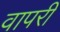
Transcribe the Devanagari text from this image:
वापरी